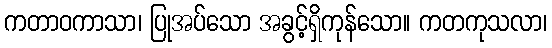
ကတာဝကာသာ၊ ပြုအပ်သော အခွင့်ရှိကုန်သော။ ကတကုသလာ၊